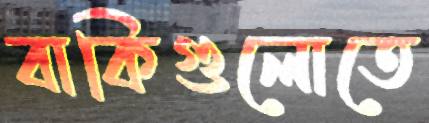
বাকিগুলোতে